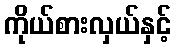
ကိုယ်စားလှယ်နှင့်